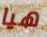
هيا